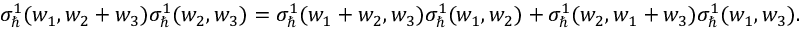
\begin{array} { r } { \sigma _ { \hbar } ^ { 1 } ( w _ { 1 } , w _ { 2 } + w _ { 3 } ) \sigma _ { \hbar } ^ { 1 } ( w _ { 2 } , w _ { 3 } ) = \sigma _ { \hbar } ^ { 1 } ( w _ { 1 } + w _ { 2 } , w _ { 3 } ) \sigma _ { \hbar } ^ { 1 } ( w _ { 1 } , w _ { 2 } ) + \sigma _ { \hbar } ^ { 1 } ( w _ { 2 } , w _ { 1 } + w _ { 3 } ) \sigma _ { \hbar } ^ { 1 } ( w _ { 1 } , w _ { 3 } ) . } \end{array}